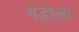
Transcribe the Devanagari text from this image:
गंडोला